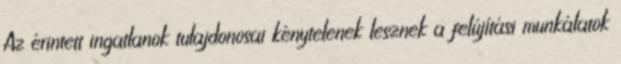
Az érintett ingatlanok tulajdonosai kénytelenek lesznek a felújítási munkálatok